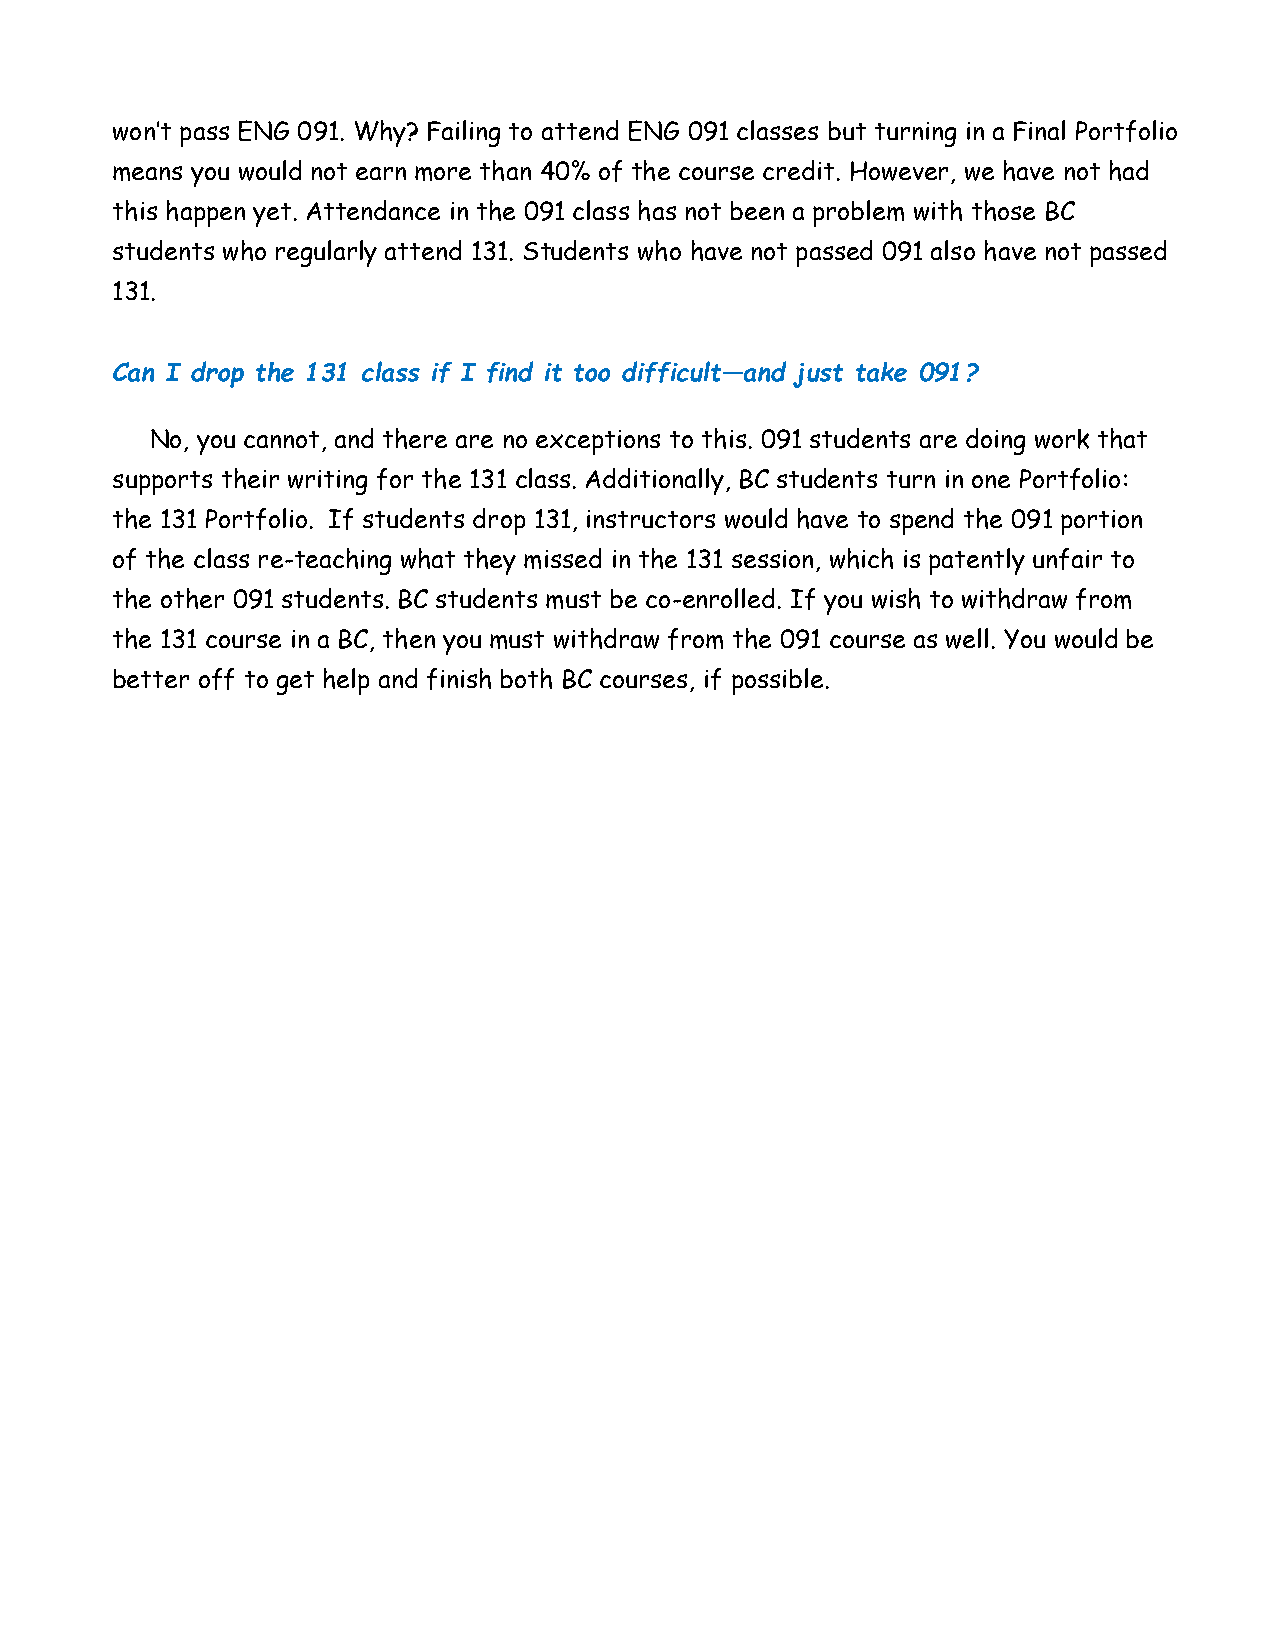
won’t pass ENG 091. Why? Failing to attend ENG 091 classes but turning in a Final Portfolio
 means you would not earn more than 40% of the course credit. However, we have not had
 this happen yet. Attendance in the 091 class has not been a problem with those BC
 students who regularly attend 131. Students who have not passed 091 also have not passed
 131.
 Can I drop the 131 class if I find it too difficult—and just take 091?
 No, you cannot, and there are no exceptions to this. 091 students are doing work that
 supports their writing for the 131 class. Additionally, BC students turn in one Portfolio:
 the 131 Portfolio. If students drop 131, instructors would have to spend the 091 portion
 of the class re-teaching what they missed in the 131 session, which is patently unfair to
 the other 091 students. BC students must be co-enrolled. If you wish to withdraw from
 the 131 course in a BC, then you must withdraw from the 091 course as well. You would be
 better off to get help and finish both BC courses, if possible.